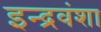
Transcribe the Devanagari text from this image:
इन्द्रवंशा